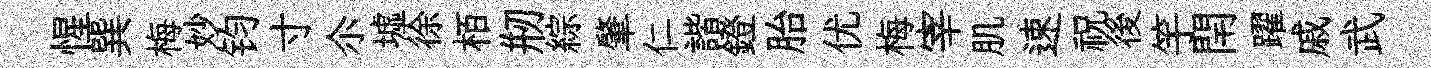
惺巽梅妙钧寸尒墟徐栢剏綜肇仁諧鐙胎优梅宰肌速祝後竽閈躍戚武